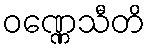
ဝဏ္ဏေသီတိ